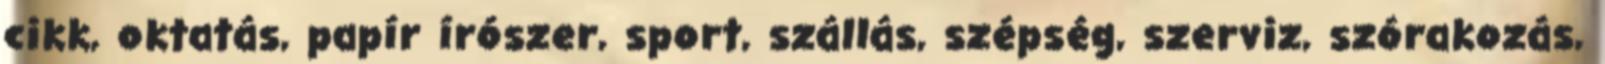
cikk, oktatás, papír írószer, sport, szállás, szépség, szerviz, szórakozás,